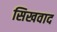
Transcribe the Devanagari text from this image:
सिखवाद